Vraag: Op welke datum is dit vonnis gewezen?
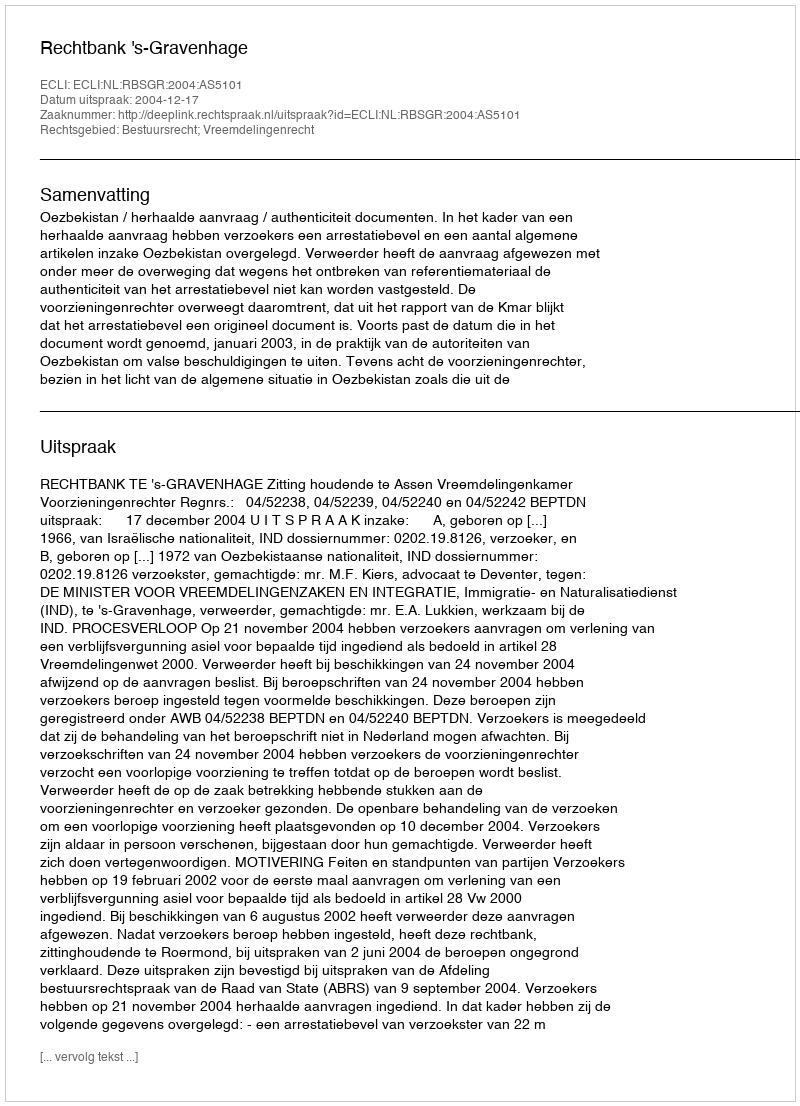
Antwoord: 2004-12-17